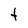
Character: t